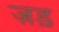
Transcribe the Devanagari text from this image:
ज़ड़